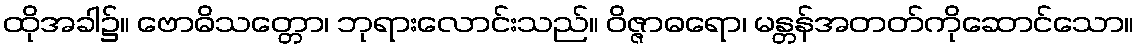
ထိုအခါ၌။ ဗောဓိသတ္တော၊ ဘုရားလောင်းသည်။ ဝိဇ္ဇာဓရော၊ မန္တန်အတတ်ကိုဆောင်သော။